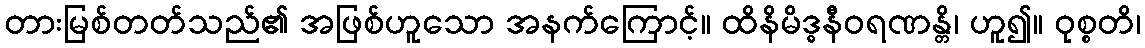
တားမြစ်တတ်သည်၏ အဖြစ်ဟူသော အနက်ကြောင့်။ ထိနိမိဒ္ဓနီဝရဏန္တိ၊ ဟူ၍။ ဝုစ္စတိ၊